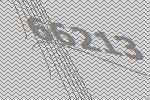
66213